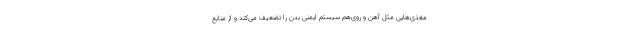
مغذی‌هایی مثل آهن و روی‌هم سیستم ایمنی بدن را تضعیف می‌کند و از منابع